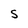
Character: S